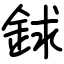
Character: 銶